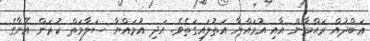
ޢަބްދުއް ރަޙްމާން އާއި އުމައްޔާ އަތުލައިގަތެވެ. އަދި އުމައްޔާ ސަލާމަތް ކުރަން އޭނާގެ